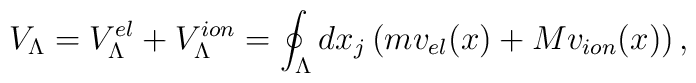
V_{\Lambda}=V^{el}_{\Lambda}+V^{ion}_{\Lambda}=\oint_{\Lambda}d x_j\left(mv_{el}(x)+Mv_{ion}(x)\right),